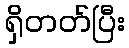
ရှိတတ်ပြီး